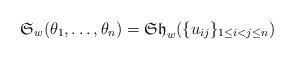
LaTeX: \begin{gather*}\mathfrak{S}_w(\theta_1,\ldots,\theta_n) = \mathfrak{Sh}_w(\{u_{ij}\}_{1 \le i < j \le n})\end{gather*}